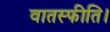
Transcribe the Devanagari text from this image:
वातस्फीति।